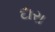
દારા